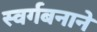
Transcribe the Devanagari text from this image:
स्वर्गबनाने